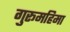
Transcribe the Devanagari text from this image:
गुरूमहिमा